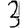
Digit: 3